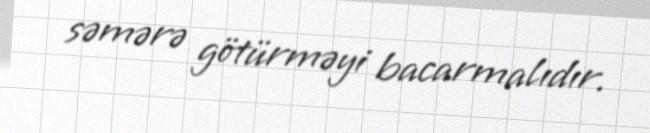
səmərə götürməyi bacarmalıdır.